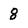
Character: 8